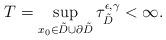
LaTeX: \begin{align*}T = \sup_{x_0 \in \tilde{D} \cup \partial \tilde{D}} \tau_{\tilde{D}}^{\epsilon,\gamma} < \infty. \end{align*}